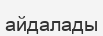
айдалады